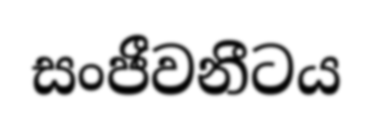
සංජීවනීටය